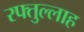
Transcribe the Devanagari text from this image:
रफ्तुल्लाह